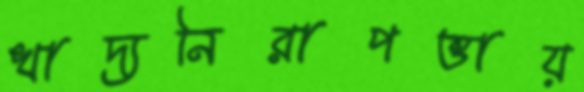
খাদ্যনিরাপত্তায়